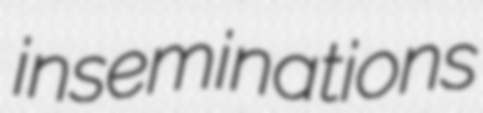
inseminations